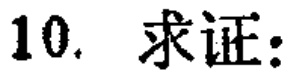
10. 求证：